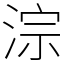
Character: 淙